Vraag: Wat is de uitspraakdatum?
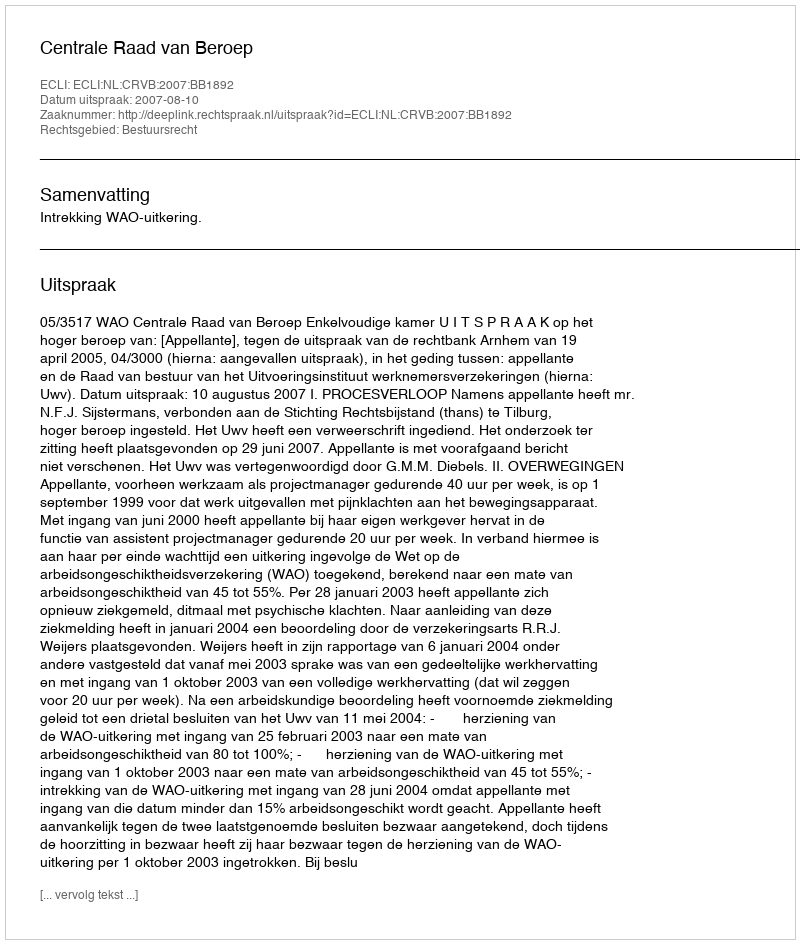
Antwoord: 2007-08-10